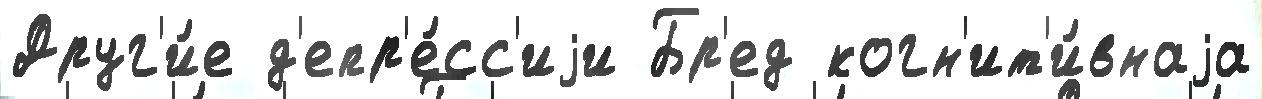
Друг'и́е д'епр'е́сс'иjи Бр'ед когн'ит'и́внаjа